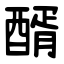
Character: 醑